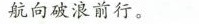
航向破浪前行。